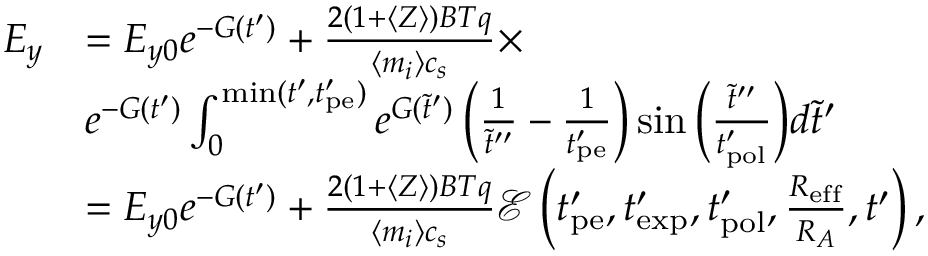
\begin{array} { r l } { E _ { y } } & { = E _ { y 0 } e ^ { - G ( t ^ { \prime } ) } + \frac { 2 ( 1 + \langle Z \rangle ) B T q } { \langle m _ { i } \rangle c _ { s } } \times } \\ & { e ^ { - G ( t ^ { \prime } ) } \int _ { 0 } ^ { \mathrm { m i n } ( t ^ { \prime } , t _ { \mathrm { p e } } ^ { \prime } ) } e ^ { G ( \tilde { t } ^ { \prime } ) } \left( \frac { 1 } { \tilde { t } ^ { \prime \prime } } - \frac { 1 } { t _ { \mathrm { p e } } ^ { \prime } } \right) \sin { \left( \frac { \tilde { t } ^ { \prime \prime } } { t _ { \mathrm { p o l } } ^ { \prime } } \right) } d \tilde { t } ^ { \prime } } \\ & { = E _ { y 0 } e ^ { - G ( t ^ { \prime } ) } + \frac { 2 ( 1 + \langle Z \rangle ) B T q } { \langle m _ { i } \rangle c _ { s } } \mathcal { E } \left( t _ { \mathrm { p e } } ^ { \prime } , t _ { \mathrm { e x p } } ^ { \prime } , t _ { \mathrm { p o l } } ^ { \prime } , \frac { R _ { \mathrm { e f f } } } { R _ { A } } , t ^ { \prime } \right) , } \end{array}